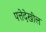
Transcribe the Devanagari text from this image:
पत्तेदेखील